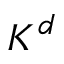
K ^ { d }